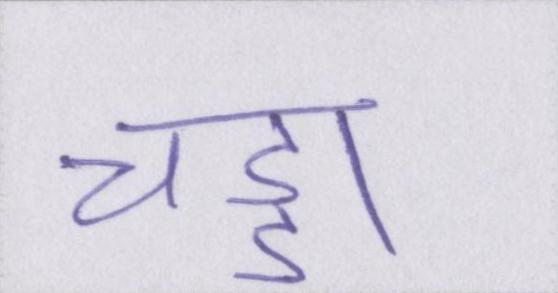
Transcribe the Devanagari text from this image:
चड्डा